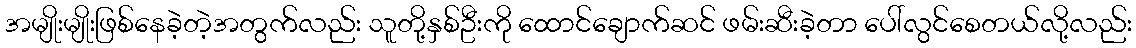
အမျိုးမျိုးဖြစ်နေခဲ့တဲ့အတွက်လည်း သူတို့နှစ်ဦးကို ထောင်ချောက်ဆင် ဖမ်းဆီးခဲ့တာ ပေါ်လွင်စေတယ်လို့လည်း